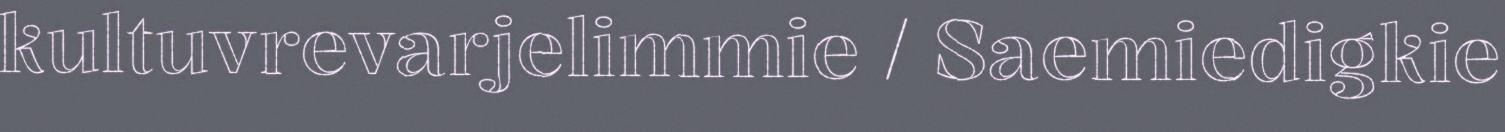
kultuvrevarjelimmie / Saemiedigkie